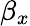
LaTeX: \beta_{x}